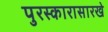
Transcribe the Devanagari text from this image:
पुरस्कारासारखे